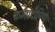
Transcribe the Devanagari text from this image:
कर्मप्रदीपिया